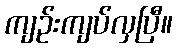
ကျဉ်းကျပ်လှပြီ။